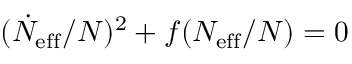
( \dot { N } _ { \mathrm { e f f } } / N ) ^ { 2 } + f ( N _ { \mathrm { e f f } } / N ) = 0